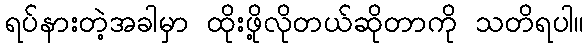
ရပ်နားတဲ့အခါမှာ ထိုးဖို့လိုတယ်ဆိုတာကို သတိရပါ။